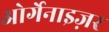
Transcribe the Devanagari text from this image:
ओर्गेनाइज़र